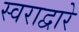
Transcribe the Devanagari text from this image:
स्वराद्वारे